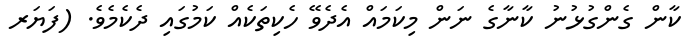
ކާން ގެންގުޅުނު ކާނާގެ ނަން މިކަމައް އެދެވޭ ހެކިތަކެއް ކަމުގައި ދެކެމެވެ. (ފަޔަރ